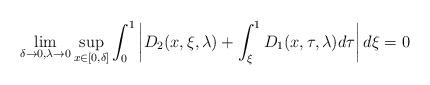
LaTeX: \begin{align*}\lim_{\delta\to 0, \lambda\to 0}\sup_{x\in[0,\delta]}\int_0^1 \left| D_2(x,\xi,\lambda)+\int_\xi^1D_1(x,\tau,\lambda)d\tau\right|d\xi=0\end{align*}